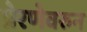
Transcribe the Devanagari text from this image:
प्रेरणेवरुन